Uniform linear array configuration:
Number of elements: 8
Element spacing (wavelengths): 0.5
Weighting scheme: blackman
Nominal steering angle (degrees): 0
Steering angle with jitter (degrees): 0.7853
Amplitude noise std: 0.05
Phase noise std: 0.05

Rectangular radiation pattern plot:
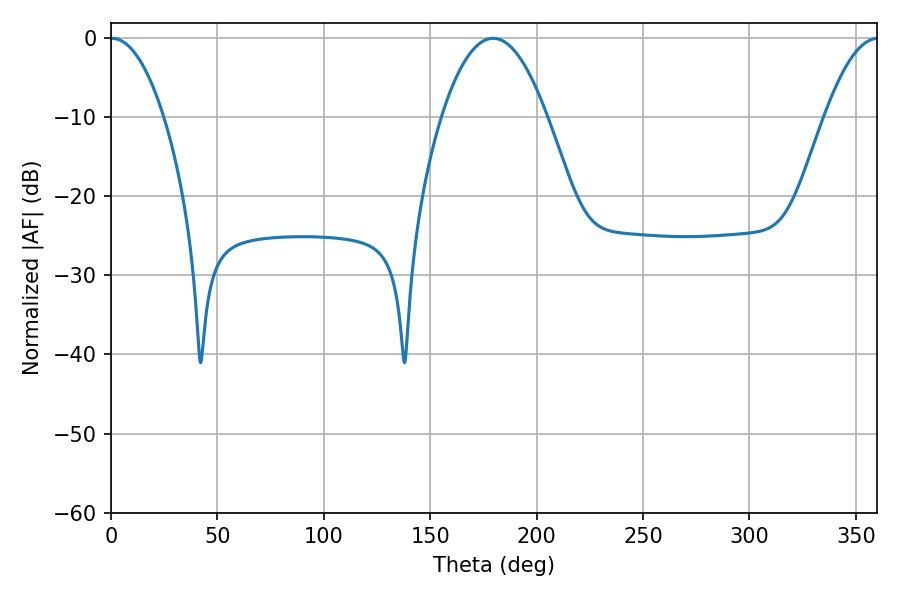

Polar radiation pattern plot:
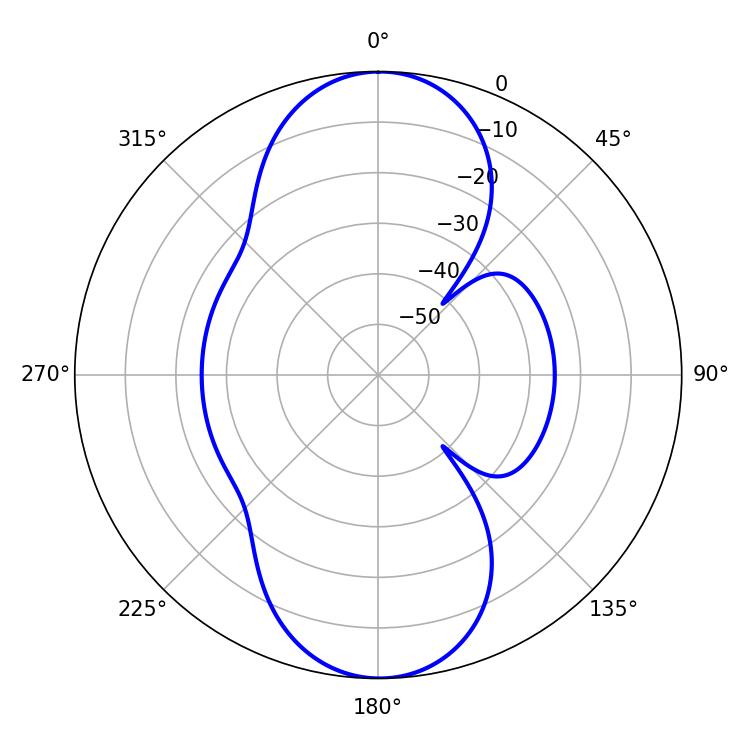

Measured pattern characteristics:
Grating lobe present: FALSE
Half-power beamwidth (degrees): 14.04
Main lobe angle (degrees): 0.36